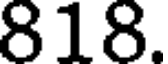
818.